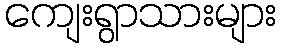
ကျေးရွာသားများ